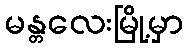
မန္တလေးမြို့မှာ